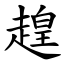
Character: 䞹